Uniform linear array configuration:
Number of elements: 64
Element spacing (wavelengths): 1
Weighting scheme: uniform
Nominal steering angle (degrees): -30
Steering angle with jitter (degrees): -31.63
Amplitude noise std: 0.05
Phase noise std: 0.05

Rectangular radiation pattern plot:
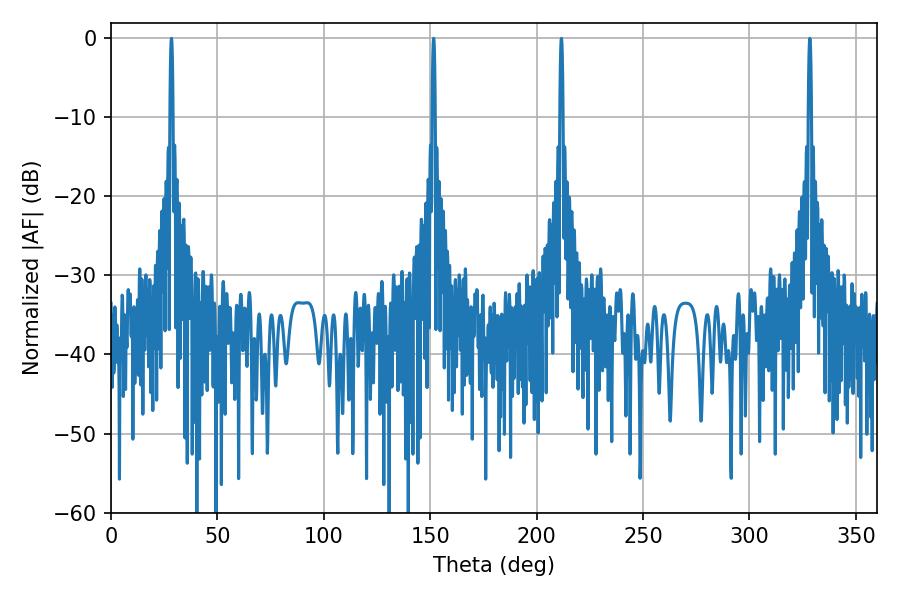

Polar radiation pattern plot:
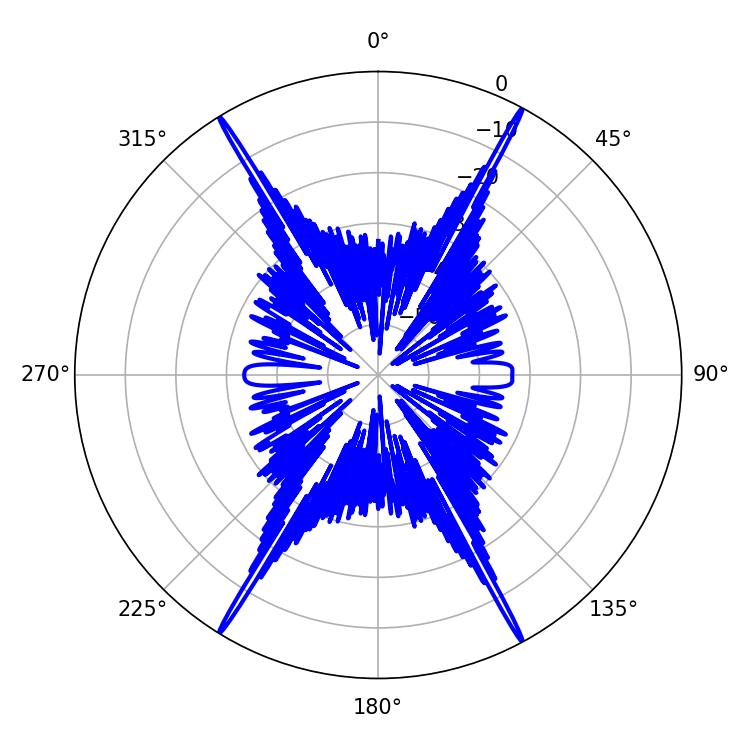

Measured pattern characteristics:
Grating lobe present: TRUE
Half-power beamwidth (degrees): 0.72
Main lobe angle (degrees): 151.56